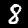
Digit: 8